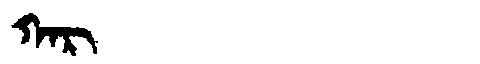
Manchu: ᡴᠠᡵ
Romanization: KAR